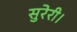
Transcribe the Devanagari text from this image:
सुरेरी।